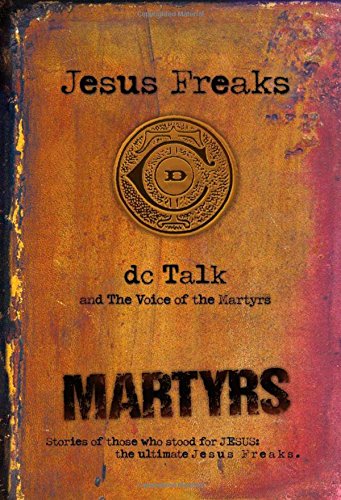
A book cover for Jesus Freaks: Martyrs: Stories of Those Who Stood for Jesus: The Ultimate Jesus Freaks; DC Talk; Children's Books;